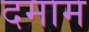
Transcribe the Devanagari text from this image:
दमाम